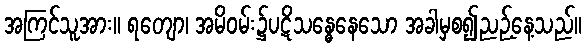
အကြင်သူအား။ ရတျော၊ အမိဝမ်း၌ပဋိသန္ဓေနေသော အခါမှစ၍ညဉ့်နေ့သည်။